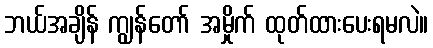
ဘယ်အချိန် ကျွန်တော် အမှိုက် ထုတ်ထားပေးရမလဲ။